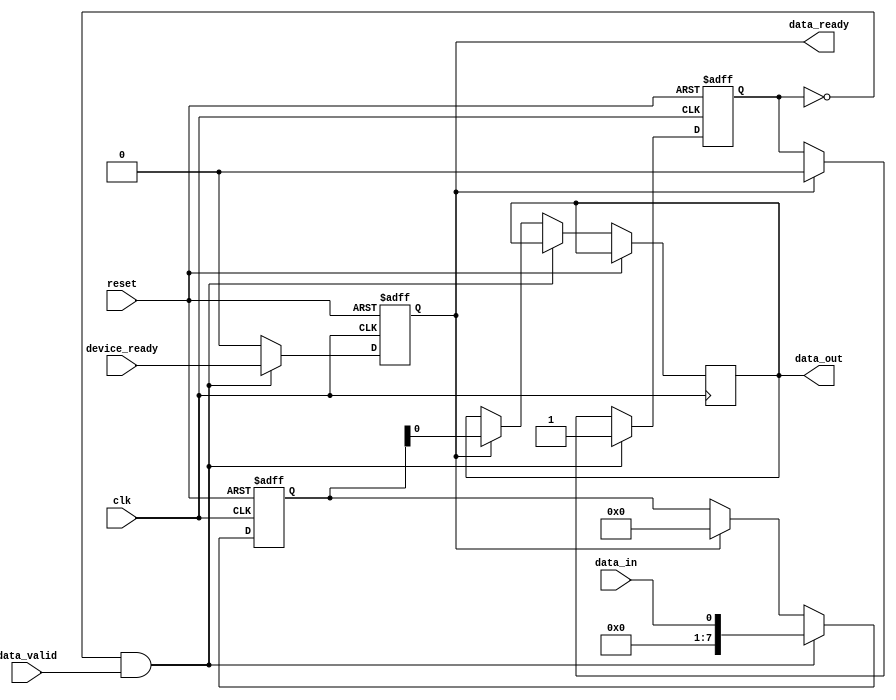
module usb_controller (
   // Input signals
   input wire clk,  // Clock signal
   input wire reset,  // Reset signal
   input wire data_in,  // Data input signal
   input wire data_valid,  // Data valid signal
   input wire device_ready,  // Device ready signal

   // Output signals
   output reg data_out,  // Data output signal
   output reg data_ready  // Data ready signal
);

   // Define internal signals
   reg [7:0] data_buffer;  // Data buffer for storing incoming data
   reg data_buffer_full;  // Flag to indicate if data buffer is full

   always @(posedge clk or posedge reset) begin
      if (reset) begin
         data_buffer <= 8'b0;
         data_buffer_full <= 0;
         data_ready <= 0;
      end else begin
         // Check if data buffer is full
         if (!data_buffer_full && data_valid) begin
            data_buffer <= data_in;
            data_buffer_full <= 1;
            data_ready <= device_ready;
         end else begin
            // Check for data transmission
            if (data_ready) begin
               data_out <= data_buffer;
               data_buffer <= 8'b0;
               data_buffer_full <= 0;
               data_ready <= 0;
            end
         end
      end
   end

endmodule